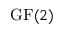
{ \mathrm { G F } } ( 2 )